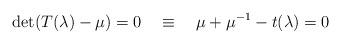
LaTeX: \begin{align*}\det (T(\lambda) - \mu) = 0 \quad \equiv \quad \mu + \mu^{-1} - t(\lambda) = 0\end{align*}